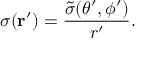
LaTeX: \sigma ( { \bf r } ^ { \prime } ) = \frac { \tilde { \sigma } ( \theta ^ { \prime } , \phi ^ { \prime } ) } { r ^ { \prime } } .